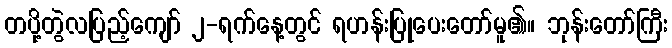
တပို့တွဲလပြည့်ကျော် ၂-ရက်နေ့တွင် ရဟန်းပြုပေးတော်မူ၏။ ဘုန်းတော်ကြီး